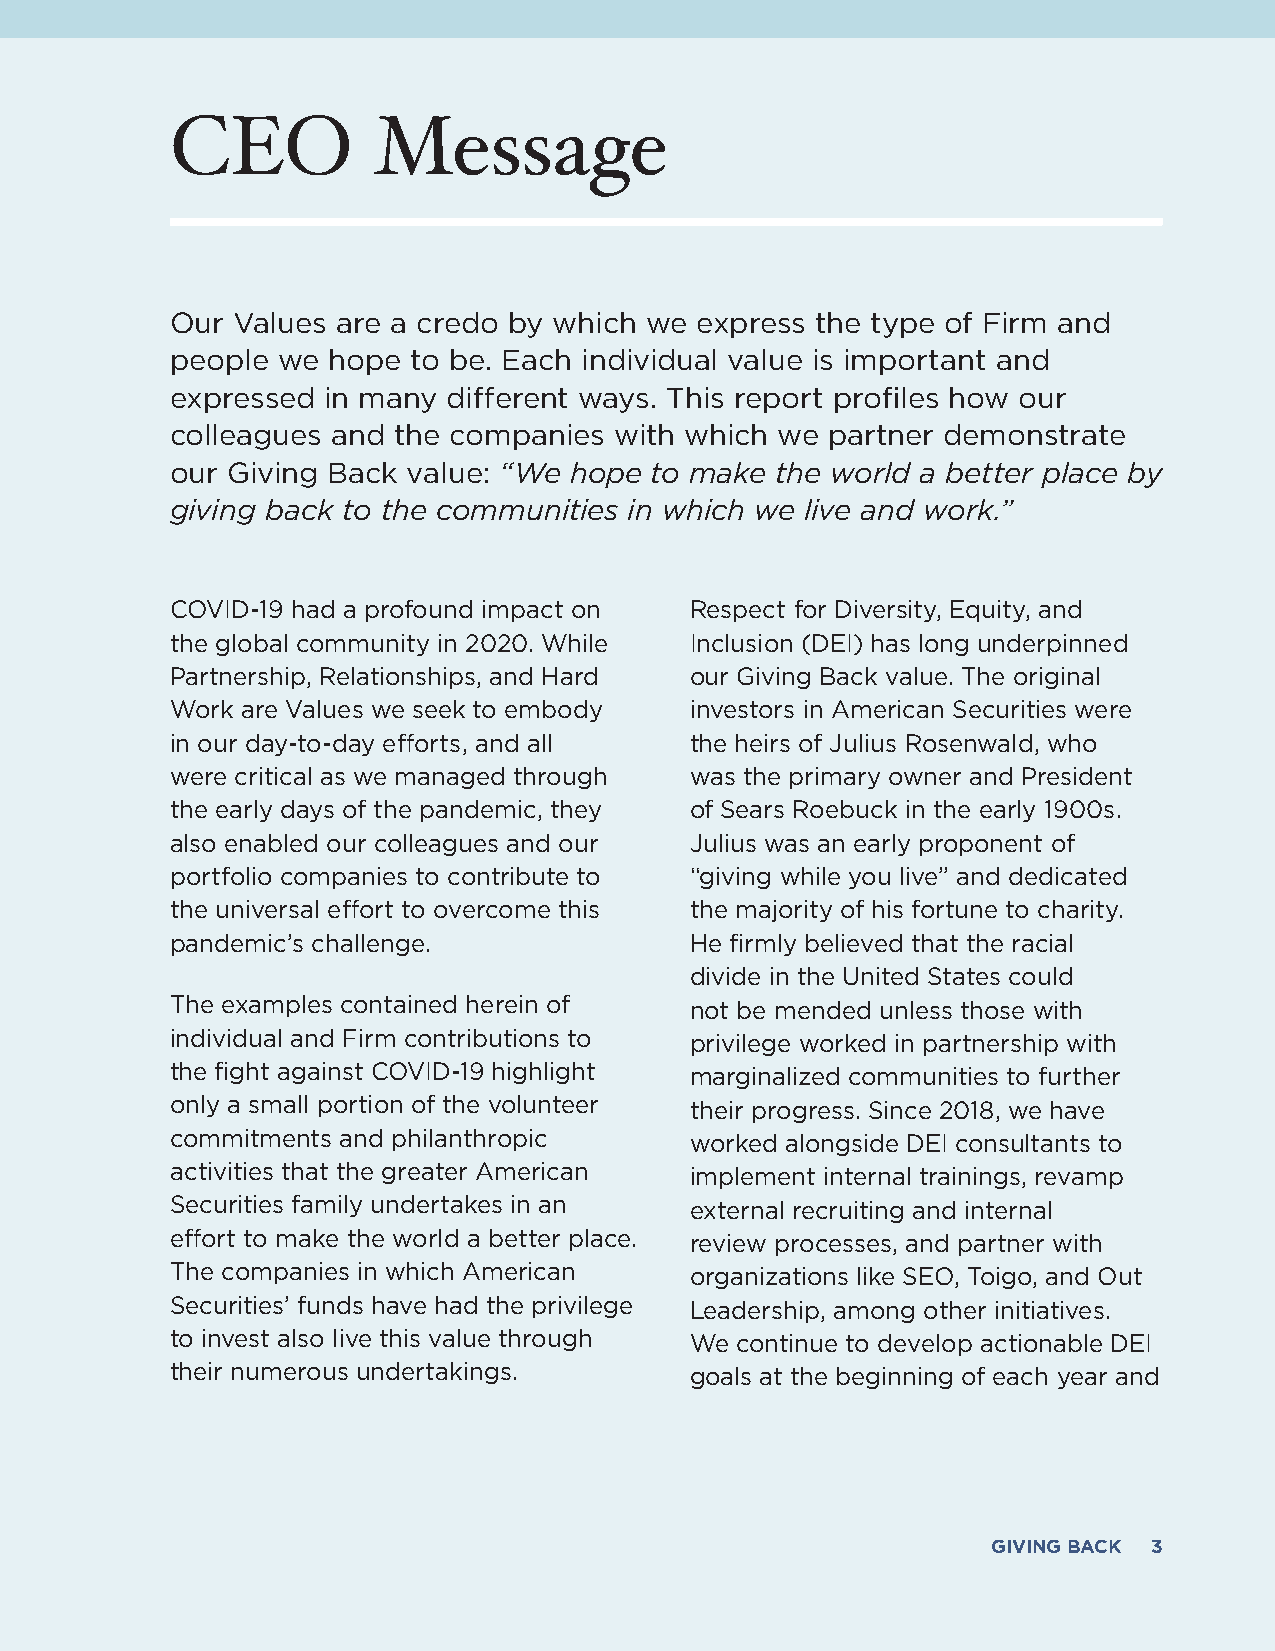
CEO           Message
 Our Values are a credo by which we express the type of Firm and
 people we  hope to be. Each individual value is important and
 expressed in many  different ways. This report profiles how our
 colleagues and the companies  with which we partner demonstrate
 our Giving Back value: “We hope to make the world a better place by
 giving back to the communities in which we live and work.”
 COVID-19 had a profound impact on  Respect for Diversity, Equity, and
 the global community in 2020. While Inclusion (DEI) has long underpinned
 Partnership, Relationships, and Hard our Giving Back value. The original
 Work are Values we seek to embody  investors in American Securities were
 in our day-to-day efforts, and all the heirs of Julius Rosenwald, who
 were critical as we managed through was the primary owner and President
 the early days of the pandemic, they of Sears Roebuck in the early 1900s.
 also enabled our colleagues and our Julius was an early proponent of
 portfolio companies to contribute to “giving while you live” and dedicated
 the universal effort to overcome this the majority of his fortune to charity.
 pandemic’s challenge.              He firmly believed that the racial
 divide in the United States could
 The examples contained herein of   not be mended unless those with
 individual and Firm contributions to privilege worked in partnership with
 the fight against COVID-19 highlight marginalized communities to further
 only a small portion of the volunteer their progress. Since 2018, we have
 commitments and philanthropic      worked alongside DEI consultants to
 activities that the greater American implement internal trainings, revamp
 Securities family undertakes in an external recruiting and internal
 effort to make the world a better place. review processes, and partner with
 The companies in which American    organizations like SEO, Toigo, and Out
 Securities’ funds have had the privilege Leadership, among other initiatives.
 to invest also live this value through We continue to develop actionable DEI
 their numerous undertakings.       goals at the beginning of each year and
 GIVING BACK 3